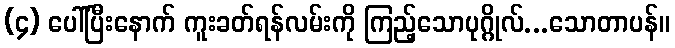
(၄) ပေါ်ပြီးနောက် ကူးခတ်ရန်လမ်းကို ကြည့်သောပုဂ္ဂိုလ်...သောတာပန်။